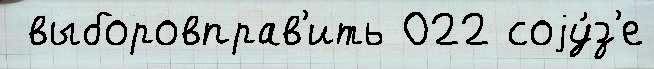
 выборовправ'ить 022 соjу́з'е